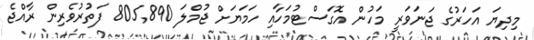
މިދިޔަ އަހަރުގެ ޖަނަވަރީ މަހުން އޮގަސްޓުމަހާއި ހަމަޔަށް ޖުމްލަ 805